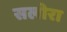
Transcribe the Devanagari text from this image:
सलोरा